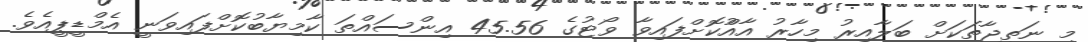
މި ނަތީޖާތަކަށް ބަލާއިރު މިހާރު އާއްުކޮށްފައިވާ ވޯޓުގެ 45.56 އިންސައްތަ ކާމިޔާބުކޮށްފައިވަނީ އެމްޑީޕީއެވެ.